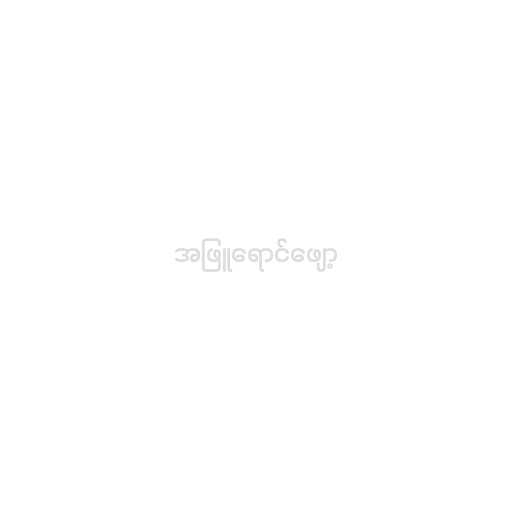
အဖြူရောင်ဖျော့